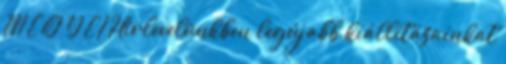
M E G Y E I Hírlevelünkben legújabb kiállításainkat